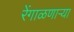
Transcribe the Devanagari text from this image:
रेंगाळणार्‍या